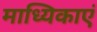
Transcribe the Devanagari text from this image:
माध्यिकाएं